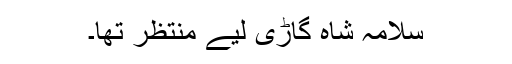
سلامہ شاہ گاڑی لیے منتظر تھا۔